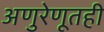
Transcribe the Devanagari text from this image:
अणुरेणूतही